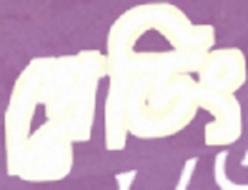
প্রেডিং